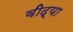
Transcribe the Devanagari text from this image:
वीद्या